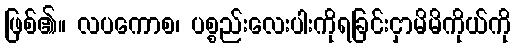
ဖြစ်၏။ လပကောစ၊ ပစ္စည်းလေးပါးကိုရခြင်းငှာမိမိကိုယ်ကို